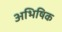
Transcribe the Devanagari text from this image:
अभिषिक